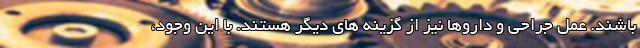
باشند. عمل جراحی و داروها نیز از گزینه های دیگر هستند. با این وجود،